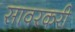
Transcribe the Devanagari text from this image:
सावरकरी